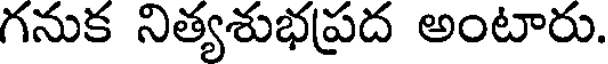
గనుక నిత్యశుభప్రద అంటారు.